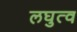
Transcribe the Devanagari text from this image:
लघुत्व